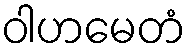
ဝါဟမေတံ